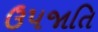
ઉપજાતિ